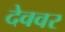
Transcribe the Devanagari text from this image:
देववर